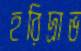
হরিদ্রাভ